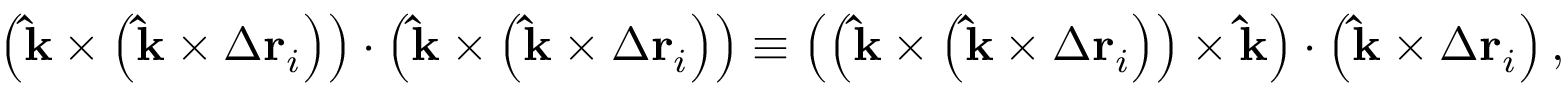
\left( \mathbf { \hat { k } } \times \left( \mathbf { \hat { k } } \times \Delta \mathbf { r } _ { i } \right) \right) \cdot \left( \mathbf { \hat { k } } \times \left( \mathbf { \hat { k } } \times \Delta \mathbf { r } _ { i } \right) \right) \equiv \left( \left( \mathbf { \hat { k } } \times \left( \mathbf { \hat { k } } \times \Delta \mathbf { r } _ { i } \right) \right) \times \mathbf { \hat { k } } \right) \cdot \left( \mathbf { \hat { k } } \times \Delta \mathbf { r } _ { i } \right) ,